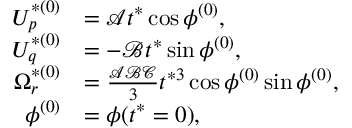
\begin{array} { r l } { U _ { p } ^ { * ( 0 ) } } & { = \mathcal { A } t ^ { * } \cos \phi ^ { ( 0 ) } , } \\ { U _ { q } ^ { * ( 0 ) } } & { = - \mathcal { B } t ^ { * } \sin \phi ^ { ( 0 ) } , } \\ { \Omega _ { r } ^ { * ( 0 ) } } & { = \frac { \mathcal { A } \mathcal { B } \mathcal { C } } { 3 } t ^ { * 3 } \cos \phi ^ { ( 0 ) } \sin \phi ^ { ( 0 ) } , } \\ { \phi ^ { ( 0 ) } } & { = \phi ( t ^ { * } = 0 ) , } \end{array}